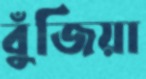
বুঁজিয়া